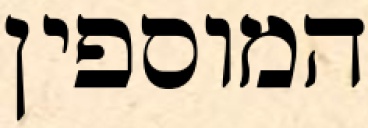
המוספין